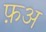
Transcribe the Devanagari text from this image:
फ़अ